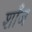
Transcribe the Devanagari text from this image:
शाँज